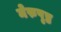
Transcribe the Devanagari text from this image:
मेरुपृष्ठ